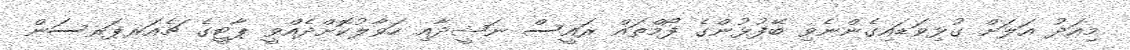
މިއަދު އަލަށް ގުޅިވަޑައިގެންނެވި ބޭފުޅުންގެ ފޯމްތައް ރައީސް ނަޝީދާއި ހަވާލުކޮށްދެއްވީ ޕާޓީގެ ޗެއަރޕަރސަން